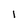
Character: 1